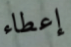
إعطاء